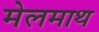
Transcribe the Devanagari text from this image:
मेलमाथ